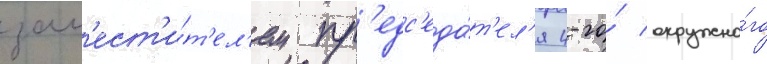
зам'ест'и́т'ел'ем пр'едс'еда́т'ел'я 4-го́ окружно́го